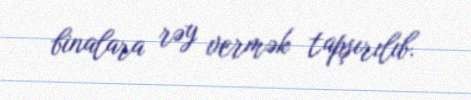
binalara rəy vermək tapşırılıb.